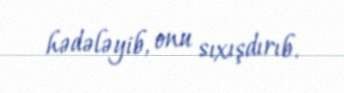
hədələyib, onu sıxışdırıb.